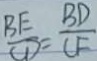
\frac { B E } { C D } = \frac { B D } { C F }